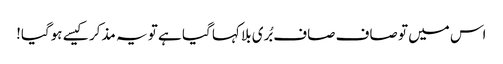
اس میں تو صاف صاف بُری بلا کہا گیا ہے تو یہ مذکر کیسے ہوگیا!